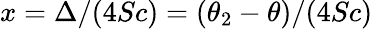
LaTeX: x=\Delta/(4Sc)=(\theta_{2}-\theta)/(4Sc)